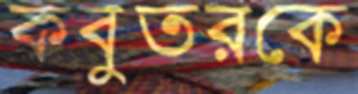
কবুতরকে